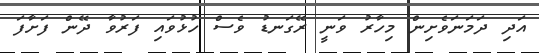
އަދި ދަމަނަވެށިން މިހާރު ވަނީ ރޭގަނޑު ވެސް ހުޅުވައި ފަރުވާ ދޭން ފަށާފަ